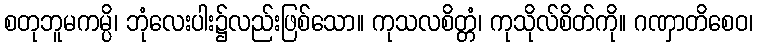
စတုဘူမကမ္ပိ၊ ဘုံလေးပါး၌လည်းဖြစ်သော။ ကုသလစိတ္တံ၊ ကုသိုလ်စိတ်ကို။ ဂဏှာတိစေဝ၊